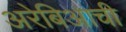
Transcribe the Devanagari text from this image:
अरेबिआची